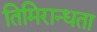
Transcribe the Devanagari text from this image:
तिमिरान्धता